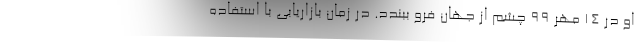
او در ۱۴ مهر ۹۹ چشم از جهان فرو ببندد. در زمان بازاریابی با استفاده